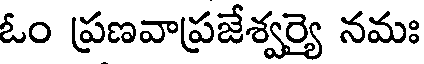
ఓం ప్రణవాప్రజేశ్వర్యై నమః